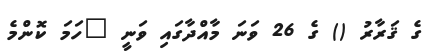
ގެ ޤަރާރު () ގެ 26 ވަނަ މާއްދާގައި ވަނީ "ހަމަ ކޮންމެ